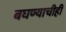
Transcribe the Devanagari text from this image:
बघण्याचीही